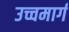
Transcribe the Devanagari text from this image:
उच्चमार्ग